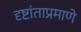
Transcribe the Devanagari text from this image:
दृष्टांताप्रमाणे